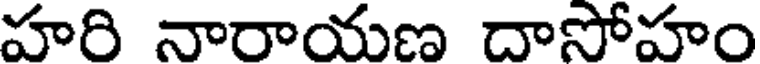
హరి నారాయణ దాసోహం